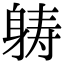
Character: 𮜶